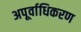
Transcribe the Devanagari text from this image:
अपूर्वाधिकरण